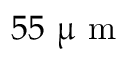
5 5 ~ \upmu \mathrm { ~ m ~ }